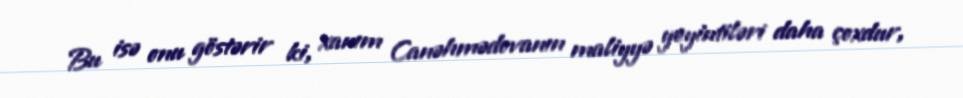
Bu isə onu göstərir ki, xanım Canəhmədovanın maliyyə yeyintiləri daha çoxdur,